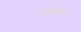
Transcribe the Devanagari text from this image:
सत्यान्य